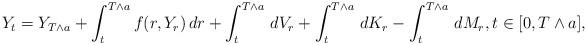
LaTeX: \begin{align*}Y_t=Y_{T\wedge a}+\int_t^{T\wedge a}f(r,Y_r)\,dr+\int_t^{T\wedge a}\,dV_r+\int_t^{T\wedge a}\,dK_r-\int_t^{T\wedge a}\,dM_r,t\in [0,T\wedge a],\end{align*}